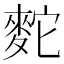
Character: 䴱